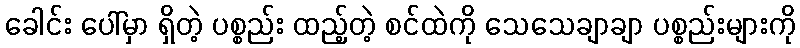
ခေါင်း ပေါ်မှာ ရှိတဲ့ ပစ္စည်း ထည့်တဲ့ စင်ထဲကို သေသေချာချာ ပစ္စည်းများကို